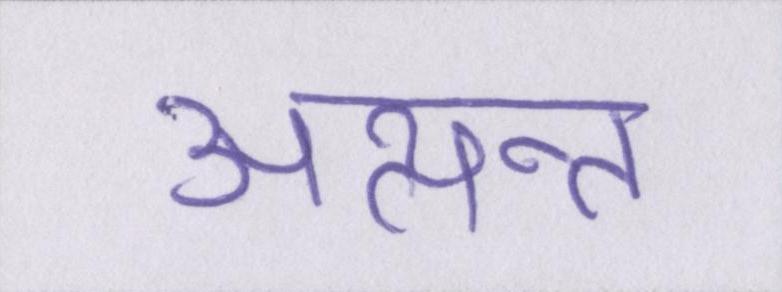
अत्यन्त